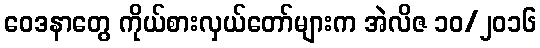
ဝေဒနာတွေ ကိုယ်စားလှယ်တော်များက အဲလိဇ ၁၀/၂၀၁၆